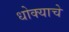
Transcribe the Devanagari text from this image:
धोक्‍याचे